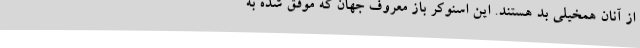
از آنان همخیلی بد هستند. این اسنوکر باز معروف جهان که موفق شده به